Black-water fever - Number 35
Disease focus: Fever
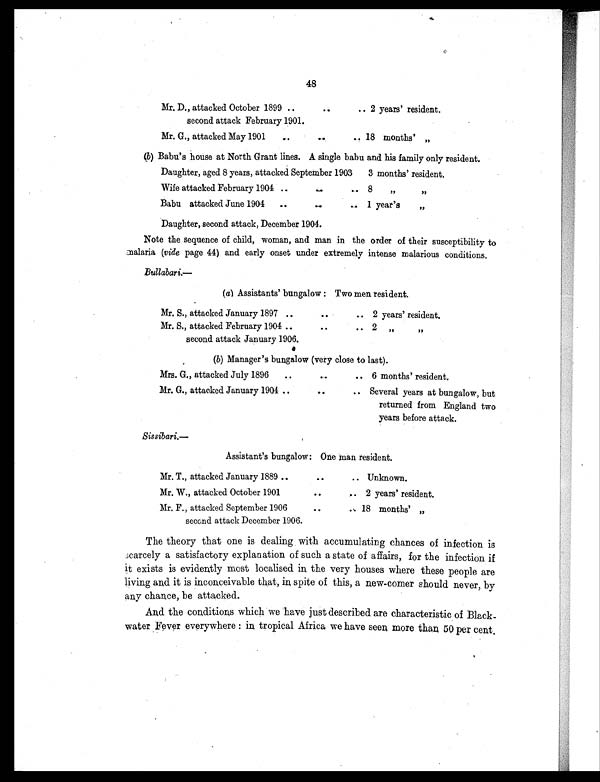
48
Mr. D., attacked October 1899 ..
second attack February 1901.
. .
.. 2 years' resident.
Mr. G., attacked May 1901
..
.. .. 18 months' , ,
(b) Babu's house at North Grant lines. A single babu and his family only resident.
Daughter, aged 8 years, attacked September 1903
3 months' resident.
Wife attacked February 1904 ..
8 ,,
, ,
Babu attacked June 1904 ..
..
.. 1 year's
„
Daughter, second attack, December 1904.
Note the sequence of child, woman, and man in the order of their susceptibility to
malaria (vide page 44) and early onset under extremely intense malarious conditions.
Bullabari.—
(a) Assistants' bungalow: Two men resident.
Mr. S., attacked January 1897 ..
..
.. 2 years' resident.
Mr. S., attacked February 1904 ..
..
..
second attack January 1906.
2 „
, ,
(b) Manager's bungalow (very close to last).
Mrs. G., attacked July 1896
..
...
6 months' resident.
Mr. G., attacked January 1904 ..
..
.. Several years at bungalow, but
returned from England two
years before attack.
Sissibari.—
Assistant's bungalow: One man resident.
Mr. T., attacked January 1889 ..
..
.. Unknown.
Mr. W., attacked October 1901
..
.. 2 years' resident.
Mr. F., attacked September 1906
.. ..
second attack December 1906.
18 months' „
The theory that one is dealing with accumulating chances of infection is
scarcely a satisfactory explanation of such a state of affairs, for the infection if
it exists is evidently most localised in, the very houses where these people are
living and it is inconceivable that, in spite of this, a new-comer should never, by
any chance, be attacked.
And the conditions which we have just described are characteristic of Black-
water Fever everywhere: in tropical Africa we have seen, more than, 50 per cent.